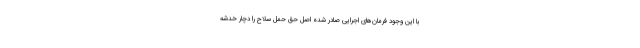
با این وجود فرمان‌های اجرایی صادر شده اصل حق حمل سلاح را دچار خدشه